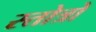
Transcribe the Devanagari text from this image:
स्तोत्रो